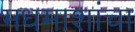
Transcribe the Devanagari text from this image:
मधमाशांचा